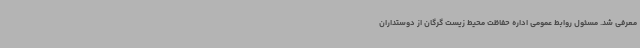
معرفی شد. مسئول روابط عمومی اداره حفاظت محیط زیست گرگان از دوستداران